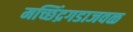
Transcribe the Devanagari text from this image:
मच्छिंद्रगडाजवळ